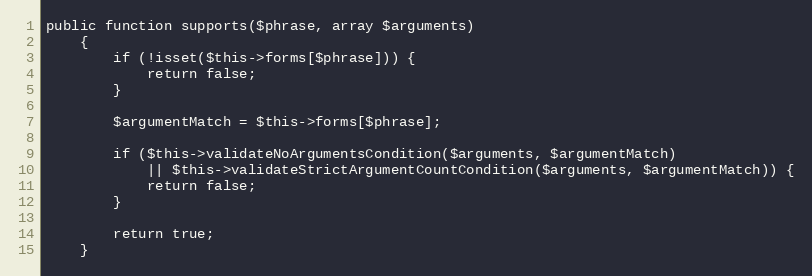
Language: PHP
public function supports($phrase, array $arguments)
    {
        if (!isset($this->forms[$phrase])) {
            return false;
        }

        $argumentMatch = $this->forms[$phrase];

        if ($this->validateNoArgumentsCondition($arguments, $argumentMatch)
            || $this->validateStrictArgumentCountCondition($arguments, $argumentMatch)) {
            return false;
        }

        return true;
    }